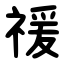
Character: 禐